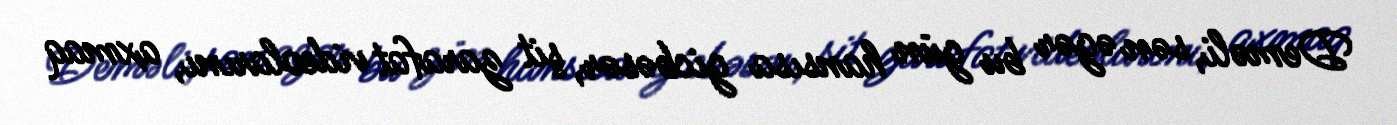
Deməli, sən əgər bu gün hansısa gicbəsər, şit zarafat videolarını, axmaq